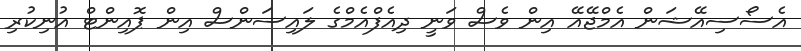
އެސޯސިއޭޝަން އެމްޖޭއޭ އިން ވެސް ވަނީ ދިއެފްއެމްގެ ލައިސަންސް އިން ޕޮއިންޓް އުނިކުރި